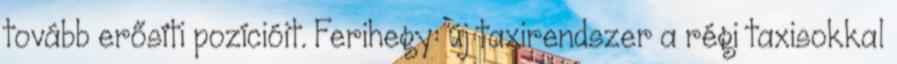
tovább erősíti pozícióit. Ferihegy: új taxirendszer a régi taxisokkal